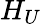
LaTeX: H_{U}